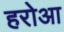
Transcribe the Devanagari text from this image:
हरोआ